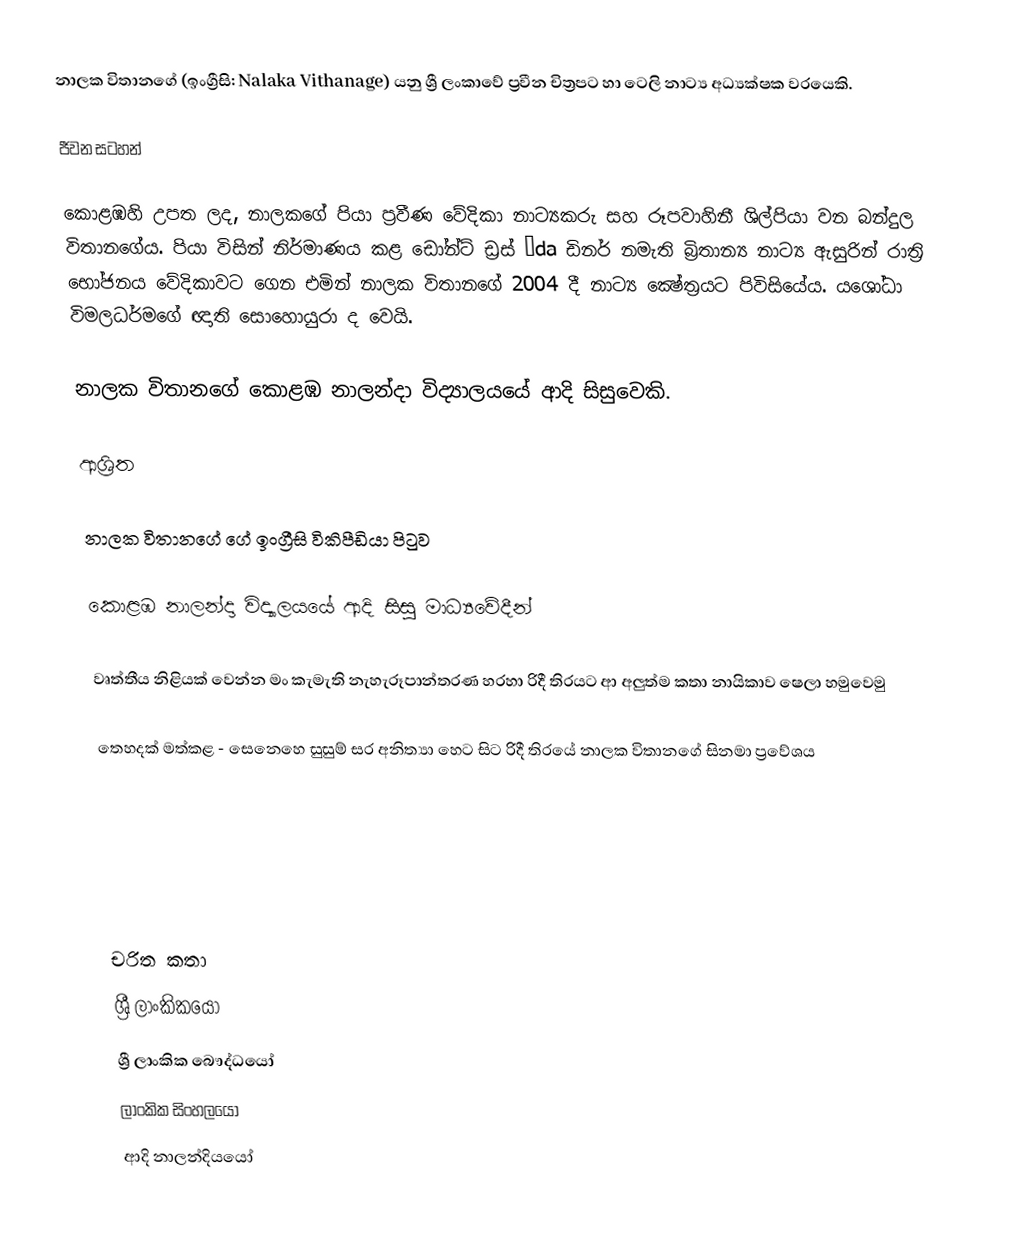
නාලක විතානගේ (ඉංග්‍රීසි: Nalaka Vithanage) යනු ශ්‍රී ලංකාවේ ප්‍රවීන චිත්‍රපට හා ටෙලි නාට්‍ය අධ්‍යක්ෂක වරයෙකි.

ජීවන සටහන්

කොළඹහි උපත ලද, නාලකගේ පියා ප්‍රවීණ වේදිකා නාට්‍යකරු සහ රූපවාහිනී ශිල්පියා වන බන්දුල විතානගේය. පියා විසින් නිර්මාණය කළ ඩෝන්ට්‌ ඩ්‍රස්‌ µda ඩිනර් නමැති බ්‍රිතාන්‍ය නාට්‍ය ඇසුරින් රාත්‍රි භෝජනය වේදිකාවට ගෙන එමින් නාලක විතානගේ 2004 දී නාට්‍ය ක්‍ෂේත්‍රයට පිවිසියේය. යශෝධා විමලධර්මගේ ඥාති සොහොයුරා ද වෙයි.

නාලක විතානගේ  කොළඹ නාලන්දා විද්‍යාලයයේ ආදි සිසුවෙකි.

ආශ්‍රිත

 නාලක විතානගේ ගේ ඉංග්‍රීසි විකිපීඩියා පිටුව

 කොළඹ නාලන්දා විද්‍යාලයයේ ආදි සිසු මාධ්‍යවේදීන්

 වෘත්තීය නිළියක් වෙන්න මං කැමැති නැහැරූපාන්තරණ හරහා රිදී තිරයට ආ අලුත්ම කතා නායිකාව ෂෙලා හමුවෙමු

 තෙහදක් මත්කළ - සෙනෙහෙ සුසුම් සර අනිත්‍යා හෙට සිට රිදී තිරයේ නාලක විතානගේ සිනමා ප්‍රවේශය

චරිත කතා
ශ්‍රී ලාංකිකයෝ
ශ්‍රී ලාංකික බෞද්ධයෝ
ලාංකික සිංහලයෝ
ආදි නාලන්දියයෝ